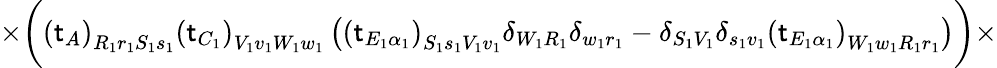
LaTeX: \times\bigg(\left(\mathsf{t}_{A}\right)_{R_{1}r_{1}S_{1}s_{1}}\left(\mathsf{t}_{C_{1}}\right)_{V_{1}v_{1}W_{1}w_{1}}\left(\left(\mathsf{t}_{E_{1}\alpha_{1}}\right)_{S_{1}s_{1}V_{1}v_{1}}\delta_{W_{1}R_{1}}\delta_{w_{1}r_{1}}-\delta_{S_{1}V_{1}}\delta_{s_{1}v_{1}}\left(\mathsf{t}_{E_{1}\alpha_{1}}\right)_{W_{1}w_{1}R_{1}r_{1}}\right)\bigg)\times